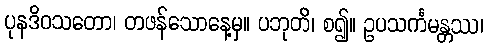
ပုနဒိဝသတော၊ တဖန်သောနေ့မှ။ ပဘုတိ၊ စ၍။ ဥပသင်္ကမန္တဿ၊